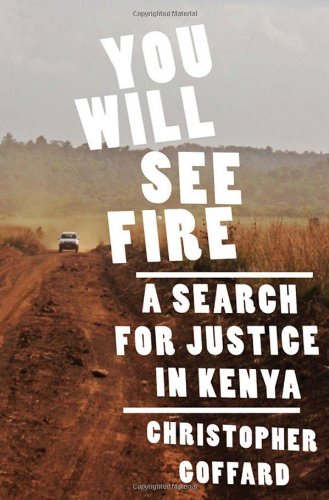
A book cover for You Will See Fire: A Search for Justice in Kenya; Christopher Goffard; History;